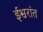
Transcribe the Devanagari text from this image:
ईश्वरांत